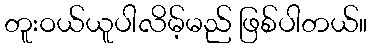
တူးဝယ်ယူပါလိမ့်မည် ဖြစ်ပါတယ်။